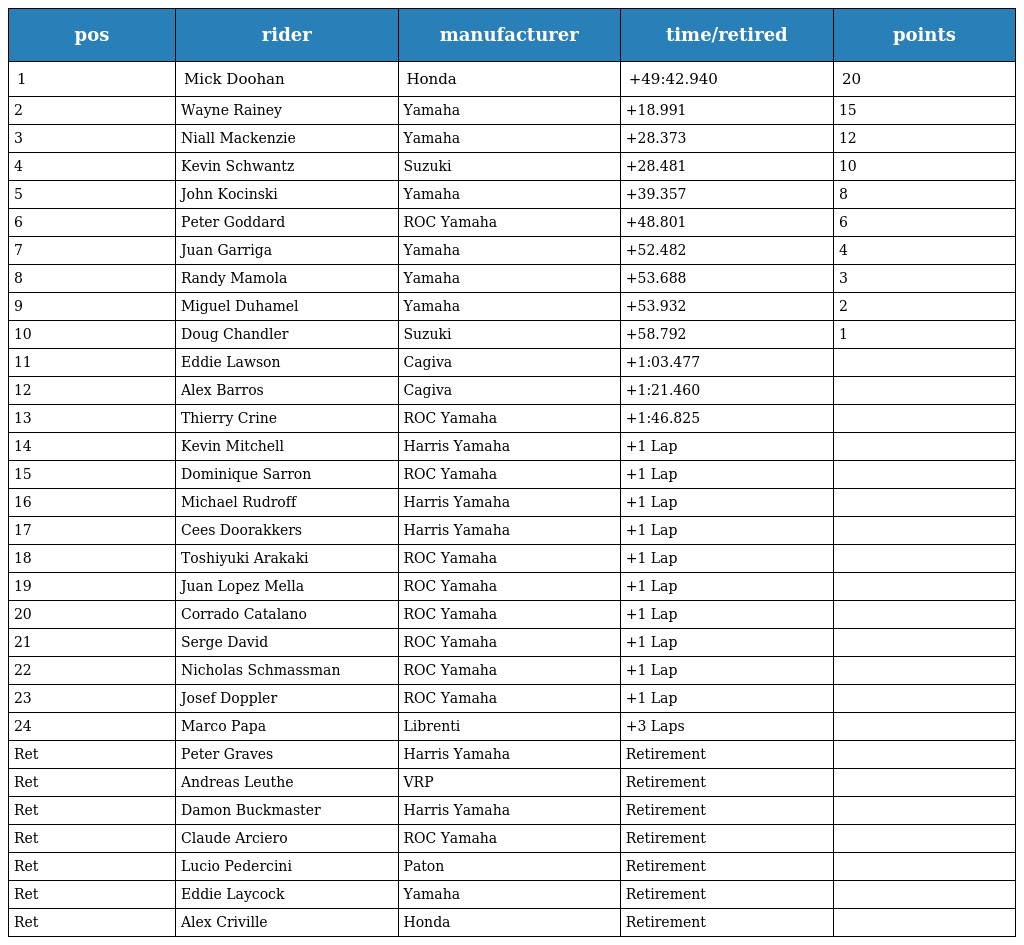
| pos | rider | manufacturer | time/retired | points |
 | --- | --- | --- | --- | --- |
 | 1 | Mick Doohan | Honda | +49:42.940 | 20 |
 | 2 | Wayne Rainey | Yamaha | +18.991 | 15 |
 | 3 | Niall Mackenzie | Yamaha | +28.373 | 12 |
 | 4 | Kevin Schwantz | Suzuki | +28.481 | 10 |
 | 5 | John Kocinski | Yamaha | +39.357 | 8 |
 | 6 | Peter Goddard | ROC Yamaha | +48.801 | 6 |
 | 7 | Juan Garriga | Yamaha | +52.482 | 4 |
 | 8 | Randy Mamola | Yamaha | +53.688 | 3 |
 | 9 | Miguel Duhamel | Yamaha | +53.932 | 2 |
 | 10 | Doug Chandler | Suzuki | +58.792 | 1 |
 | 11 | Eddie Lawson | Cagiva | +1:03.477 |  |
 | 12 | Alex Barros | Cagiva | +1:21.460 |  |
 | 13 | Thierry Crine | ROC Yamaha | +1:46.825 |  |
 | 14 | Kevin Mitchell | Harris Yamaha | +1 Lap |  |
 | 15 | Dominique Sarron | ROC Yamaha | +1 Lap |  |
 | 16 | Michael Rudroff | Harris Yamaha | +1 Lap |  |
 | 17 | Cees Doorakkers | Harris Yamaha | +1 Lap |  |
 | 18 | Toshiyuki Arakaki | ROC Yamaha | +1 Lap |  |
 | 19 | Juan Lopez Mella | ROC Yamaha | +1 Lap |  |
 | 20 | Corrado Catalano | ROC Yamaha | +1 Lap |  |
 | 21 | Serge David | ROC Yamaha | +1 Lap |  |
 | 22 | Nicholas Schmassman | ROC Yamaha | +1 Lap |  |
 | 23 | Josef Doppler | ROC Yamaha | +1 Lap |  |
 | 24 | Marco Papa | Librenti | +3 Laps |  |
 | Ret | Peter Graves | Harris Yamaha | Retirement |  |
 | Ret | Andreas Leuthe | VRP | Retirement |  |
 | Ret | Damon Buckmaster | Harris Yamaha | Retirement |  |
 | Ret | Claude Arciero | ROC Yamaha | Retirement |  |
 | Ret | Lucio Pedercini | Paton | Retirement |  |
 | Ret | Eddie Laycock | Yamaha | Retirement |  |
 | Ret | Alex Criville | Honda | Retirement |  |